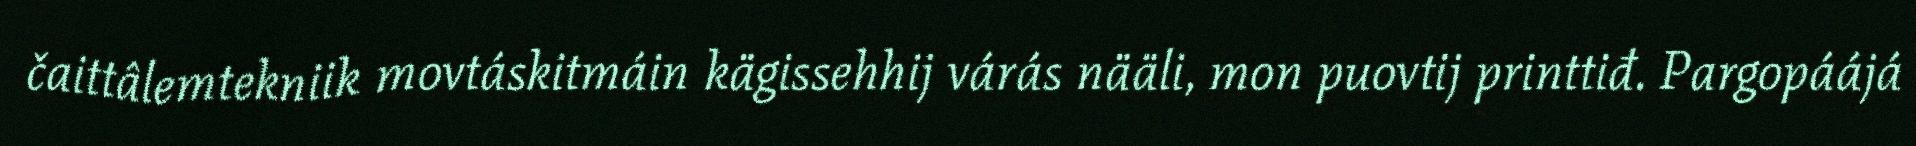
čaittâlemtekniik movtáskitmáin kägissehhij várás nääli, mon puovtij printtiđ. Pargopáájá